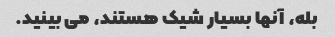
بله، آنها بسیار شیک هستند، می بینید.